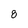
Character: 8